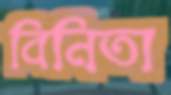
বিনিতা